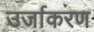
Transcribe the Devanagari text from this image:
उर्जाकरण